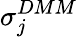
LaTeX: \sigma_{j}^{DMM}